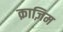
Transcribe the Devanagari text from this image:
क़ाज़िम